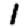
Digit: 1